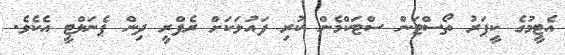
އެޓީމުގެ ކީޕަރު ތޯސްޓަން ސްޓަކްމެން ކުރި ފައުލަކަށް ރެފްރީ ދިން ޕެނަލްޓީ އެކެވެ.